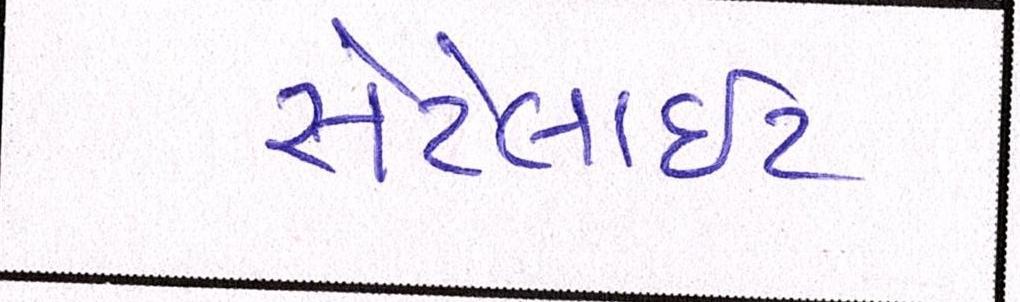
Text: સેટેલાઈટ